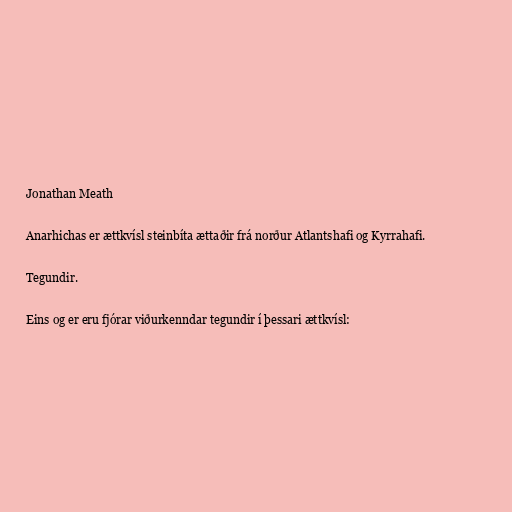
Jonathan Meath

Anarhichas er ættkvísl steinbíta ættaðir frá norður Atlantshafi og Kyrrahafi.

Tegundir.

Eins og er eru fjórar viðurkenndar tegundir í þessari ættkvísl: